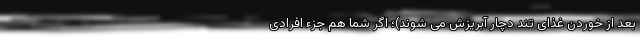
بعد از خوردن غذای تند دچار آبریزش می شوند)؛ اگر شما هم جزء افرادی